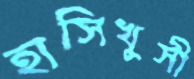
হাসিখুসী